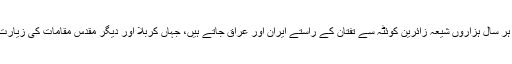
پولیس حکام کے مطابق ملک کے مختلف علاقوں سے ہر سال ہزاروں شیعہ زائرین کوئٹہ سے تفتان کے راستے ایران اور عراق جاتے ہیں، جہاں کربلا اور دیگر مقدس مقامات کی زیارت کے بعد وہ اسی راستے سے واپس کوئٹہ پہنچتے ہیں۔